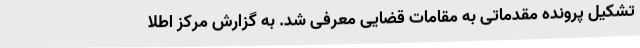
تشکیل پرونده مقدماتی به مقامات قضایی معرفی شد. به گزارش مرکز اطلا